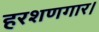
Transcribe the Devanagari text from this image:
हरशणगार।